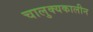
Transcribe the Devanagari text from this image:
चालुक्‍यकालीन